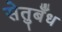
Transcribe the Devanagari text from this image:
सेतुबँध